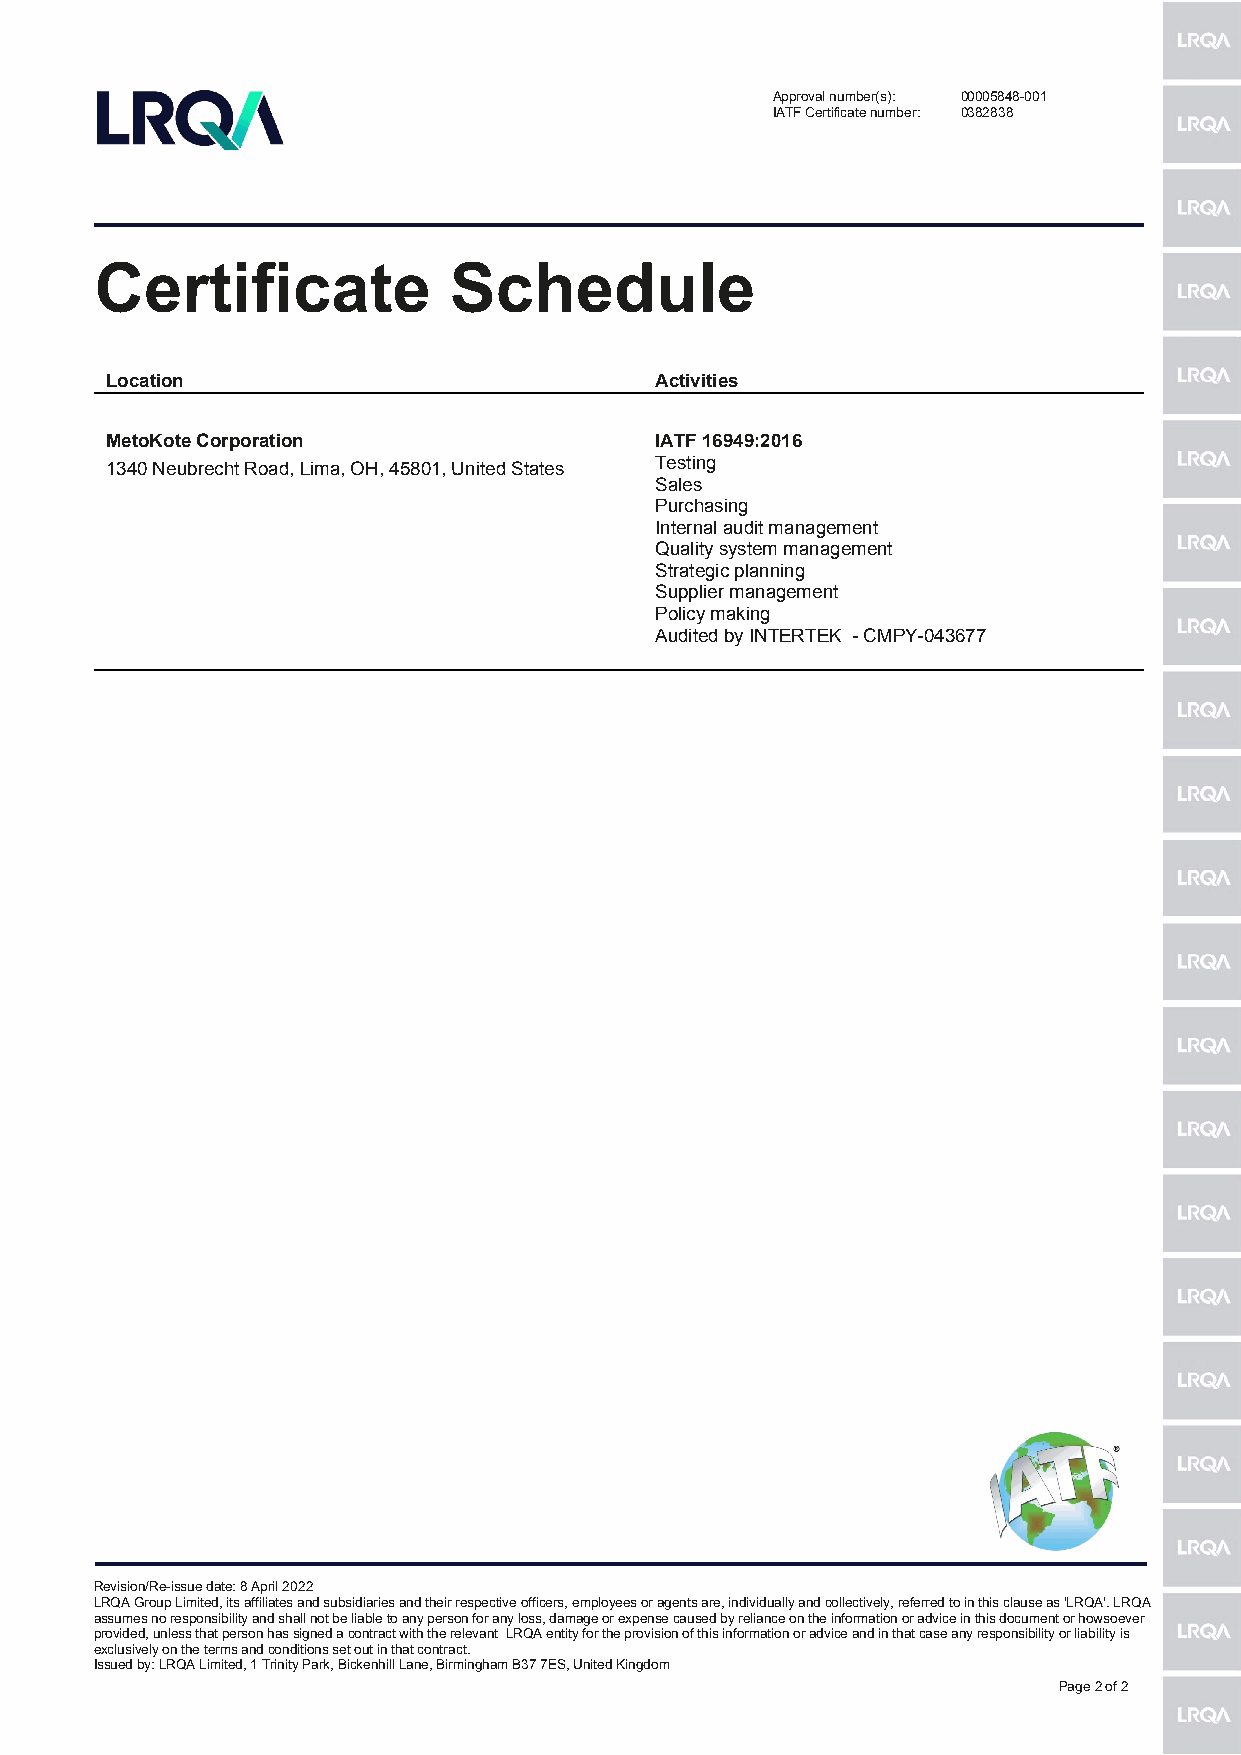
Approval number(s): 00005848-001
 IATF Certificate number: 0382838
 Certificate             Schedule
 Location                            Activities
 MetoKote Corporation                IATF 16949:2016
 1340 Neubrecht Road, Lima, OH, 45801, United States Testing
 Sales
 Purchasing
 Internal audit management
 Quality system management
 Strategic planning
 Supplier management
 Policy making
 Audited by INTERTEK - CMPY-043677
 Revision/Re-issue date: 8 April 2022
 LRQA Group Limited, its affiliates and subsidiaries and their respective officers, employees or agents are, individually and collectively, referred to in this clause as 'LRQA'. LRQA
 assumes no responsibility and shall not be liable to any person for any loss, damage or expense caused by reliance on the information or advice in this document or howsoever
 provided, unless that person has signed a contract with the relevant LRQA entity for the provision of this information or advice and in that case any responsibility or liability is
 exclusively on the terms and conditions set out in that contract.
 Issued by: LRQA Limited, 1 Trinity Park, Bickenhill Lane, Birmingham B37 7ES, United Kingdom
 Page 2 of 2